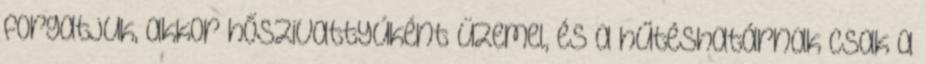
forgatjuk, akkor hőszivattyúként üzemel, és a hűtéshatárnak csak a